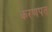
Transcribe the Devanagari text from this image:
करणपत